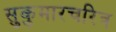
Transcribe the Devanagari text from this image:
सुकुमारचरित्र